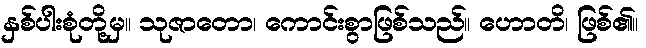
နှစ်ပါးစုံတို့မှ။ သုဇာတော၊ ကောင်းစွာဖြစ်သည်။ ဟောတိ၊ ဖြစ်၏။